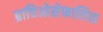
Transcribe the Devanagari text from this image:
ब्राचिओसेफालिक